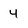
Character: 4